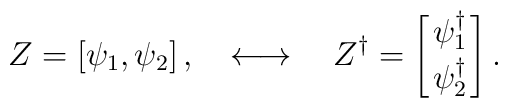
Z=\left[\psi_1, \psi_2\right],\quad\longleftrightarrow\quad Z^\dagger=\left[{\psi_1^\dagger \atop \psi_2^\dagger}\right].